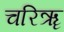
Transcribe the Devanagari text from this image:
चरिॠ